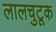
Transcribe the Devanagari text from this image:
लालचुटूक